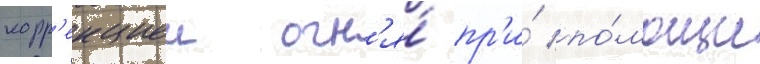
корр'екциеи огн'я́ пр'и́ по́мощи